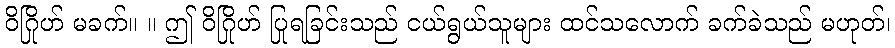
ဝိဂြိုဟ် မခက်။ ။ ဤ ဝိဂြိုဟ် ပြုရခြင်းသည် ငယ်ရွယ်သူများ ထင်သလောက် ခက်ခဲသည် မဟုတ်၊